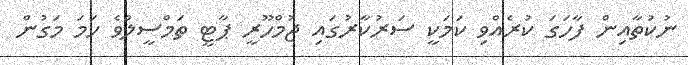
ނުކުތާއިން ފާހަގަ ކުރެއްވި ކަމަކީ ސަރުކާރުގައި ޖުމްހޫރީ ޕާޓީ ތަމްސީލްވެ ހަމަ މަގުން